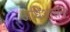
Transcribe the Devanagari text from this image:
अधिआसन